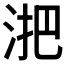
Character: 𬇫